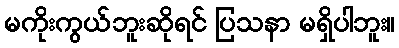
မကိုးကွယ်ဘူးဆိုရင် ပြသနာ မရှိပါဘူး။